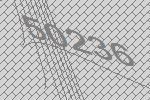
50236